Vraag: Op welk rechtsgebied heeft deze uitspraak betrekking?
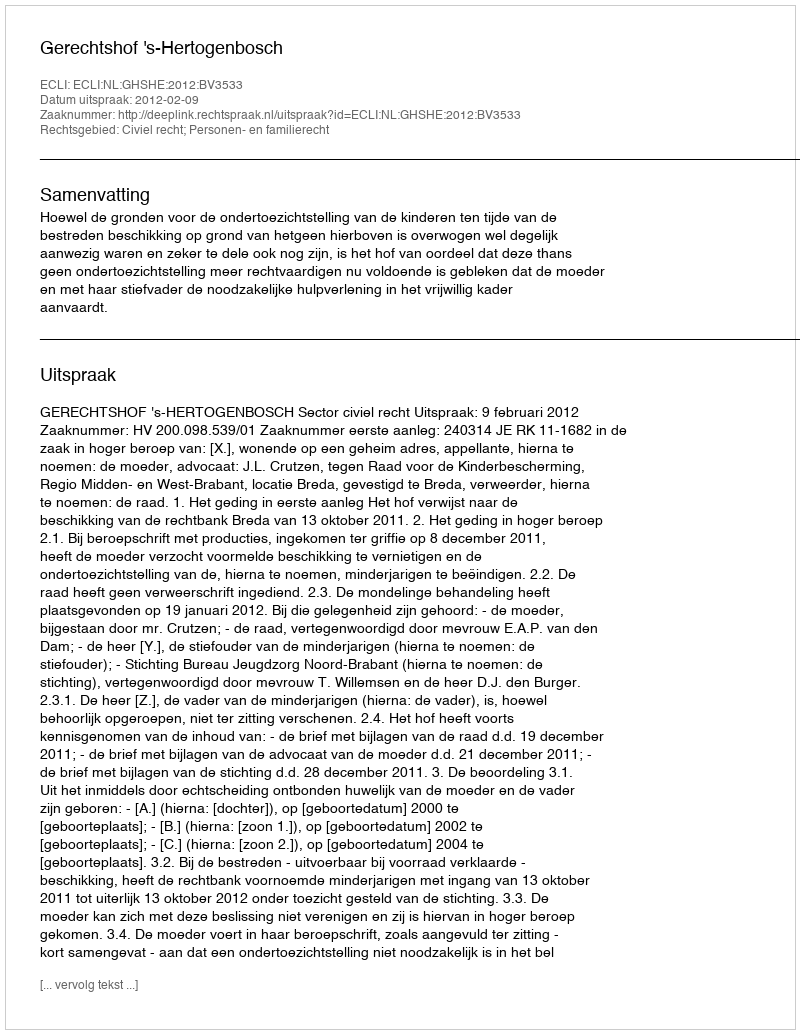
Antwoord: Civiel recht; Personen- en familierecht